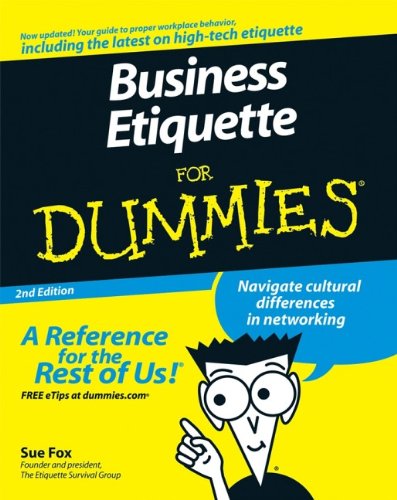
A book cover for Business Etiquette For Dummies; Sue Fox; Business & Money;